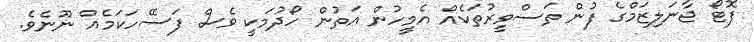
ފޮޓޯ ޖާނަލިޒަމްގެ ފުން ތަސްވީރުތަކެއް އެމީހުން އަތުން ހޯދުމަކީ ވެސް ފަސޭހަކަމެއް ނޫނެވެ.